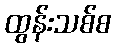
ထွန်းသစ်စ